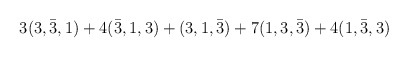
\begin{align*}3(3, \bar{3}, 1) + 4(\bar{3}, 1, 3) + (3, 1, \bar{3})+ 7(1, 3, \bar{3}) + 4(1, \bar{3}, 3)\end{align*}